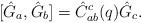
LaTeX: \begin{align*}[\hat G_a,\hat G_b]=\hat C_{ab}^c(q) \hat G_c.\end{align*}